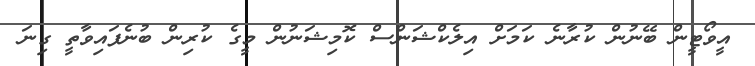
އީވޯޓީން ބޭނުން ކުރާނެ ކަމަށް އިލެކްޝަންސް ކޮމިޝަނުން މީގެ ކުރިން ބުނެފައިވާތީ ގިނަ